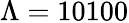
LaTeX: \Lambda=10100